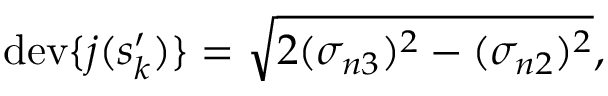
\begin{array} { r } { \mathrm { d e v } \{ j ( s _ { k } ^ { \prime } ) \} = \sqrt { 2 ( \sigma _ { n 3 } ) ^ { 2 } - ( \sigma _ { n 2 } ) ^ { 2 } } , } \end{array}